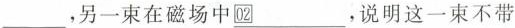
___，另一束在磁场中②___，说明这一束不带